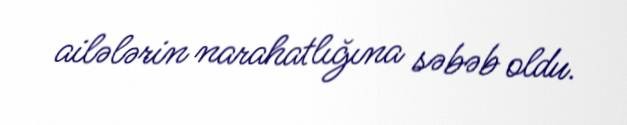
ailələrin narahatlığına səbəb oldu.